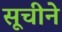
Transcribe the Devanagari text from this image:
सूचीने